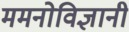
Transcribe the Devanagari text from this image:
ममनोविज्ञानी